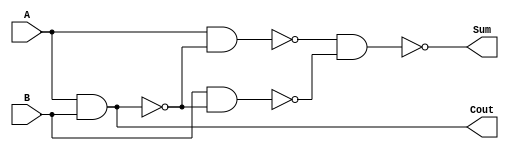
module HalfAdd ( Cout , Sum , A, B ) ;
  input A, B ;
  output Cout , Sum ;
  wire t,at,bt; //This was dumb and needed extra wires
  nand nand1(t, A,B); //if they are both true only then will t be 0
  nand nand2(Cout,1,t); //cout will only b true if t is 0
  nand nand3(at,A,t); //determined that both a and b arent true now cheking if either is true
  nand nand4(bt,B, t);
  nand nand5 (Sum, at, bt); //if only one but not both are true then sum is true
endmodule